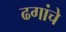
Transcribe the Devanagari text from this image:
ढगांचे